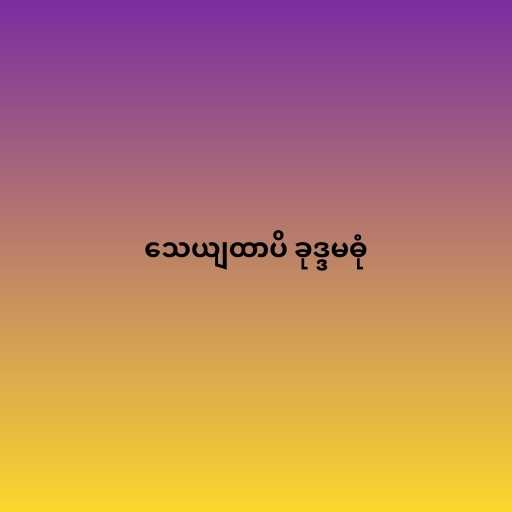
သေယျထာပိ ခုဒ္ဒမဓုံ